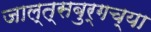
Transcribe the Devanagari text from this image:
जाल्त्सबुर्गच्या